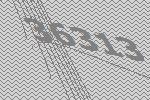
36313